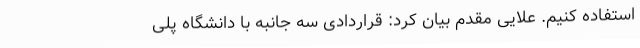
استفاده کنیم. علایی مقدم بیان کرد: قراردادی سه جانبه با دانشگاه پلی